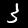
Label: 3